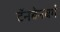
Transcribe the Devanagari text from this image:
टॅनबेनबर्ग